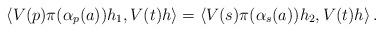
LaTeX: \begin{align*}\left\langle V(p) \pi(\alpha_p(a)) h_1, V(t) h\right\rangle=\left\langle V(s) \pi(\alpha_s(a)) h_2, V(t) h\right\rangle.\end{align*}